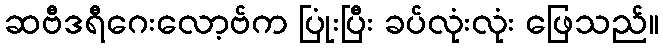
ဆဗီဒရီဂေးလော့ဗ်က ပြုံးပြီး ခပ်လုံးလုံး ဖြေသည်။